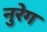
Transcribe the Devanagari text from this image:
नुरेग